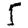
Digit: 5